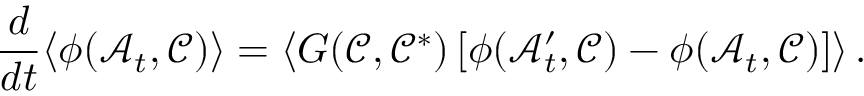
\frac { d } { d t } \langle \phi ( \mathcal { A } _ { t } , \mathcal { C } ) \rangle = \langle G ( \mathcal { C } , \mathcal { C } ^ { * } ) \left[ \phi ( \mathcal { A } _ { t } ^ { \prime } , \mathcal { C } ) - \phi ( \mathcal { A } _ { t } , \mathcal { C } ) \right] \rangle \, .